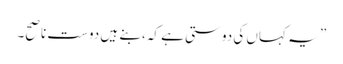
” یہ کہاں کی دوستی ہے کہ، بنے ہیں دوست ناصح۔